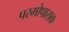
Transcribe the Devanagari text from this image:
परमोपासक